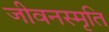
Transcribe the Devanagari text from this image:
जीवनस्मृति